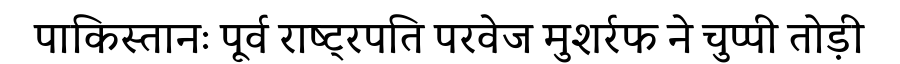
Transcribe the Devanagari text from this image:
पाकिस्तानः पूर्व राष्ट्रपति परवेज मुशर्रफ ने चुप्पी तोड़ी